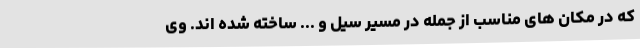
که در مکان های مناسب از جمله در مسیر سیل و ... ساخته شده اند. وی